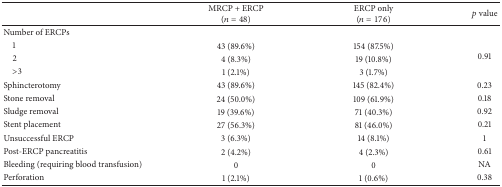
|  | MRCP + ERCP (n = 48) | ERCP only(n = 176) | p value |
 | --- | --- | --- | --- |
 | Number of ERCPs |  |  |  |
 | 1 | 43 (89.6%) | 154 (87.5%) | <ROWSPAN=3> 0.91 |
 | 2 | 4 (8.3%) | 19 (10.8%) |
 | >3 | 1 (2.1%) | 3 (1.7%) |
 | Sphincterotomy | 43 (89.6%) | 145 (82.4%) | 0.23 |
 | Stone removal | 24 (50.0%) | 109 (61.9%) | 0.18 |
 | Sludge removal | 19 (39.6%) | 71 (40.3%) | 0.92 |
 | Stent placement | 27 (56.3%) | 81 (46.0%) | 0.21 |
 | Unsuccessful ERCP | 3 (6.3%) | 14 (8.1%) | 1 |
 | Post-ERCP pancreatitis | 2 (4.2%) | 4 (2.3%) | 0.61 |
 | Bleeding (requiring blood transfusion) | 0 | 0 | NA |
 | Perforation | 1 (2.1%) | 1 (0.6%) | 0.38 |